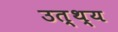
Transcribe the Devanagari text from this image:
उत्थ्य